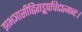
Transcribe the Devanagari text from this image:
झभञासीद्विराड्रूपचिदात्मनः।